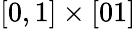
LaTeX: [0,1]\times[01]